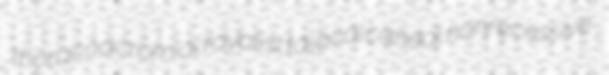
thoracoacromial royalist talocalcaneal nonrecessive